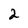
Character: 2